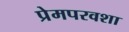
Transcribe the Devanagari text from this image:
प्रेमपरवशा